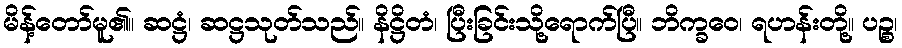
မိန့်တော်မူ၏။ ဆဋ္ဌံ၊ ဆဋ္ဌသုတ်သည်။ နိဋ္ဌိတံ၊ ပြီးခြင်းသို့ရောက်ပြီ။ ဘိက္ခဝေ၊ ရဟန်းတို့။ ပဉ္စ၊